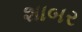
શાબર